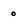
Character: 0